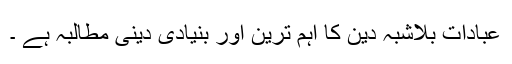
عبادات بلاشبہ دین کا اہم ترین اور بنیادی دینی مطالبہ ہے ۔